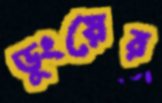
ডুংয়ের